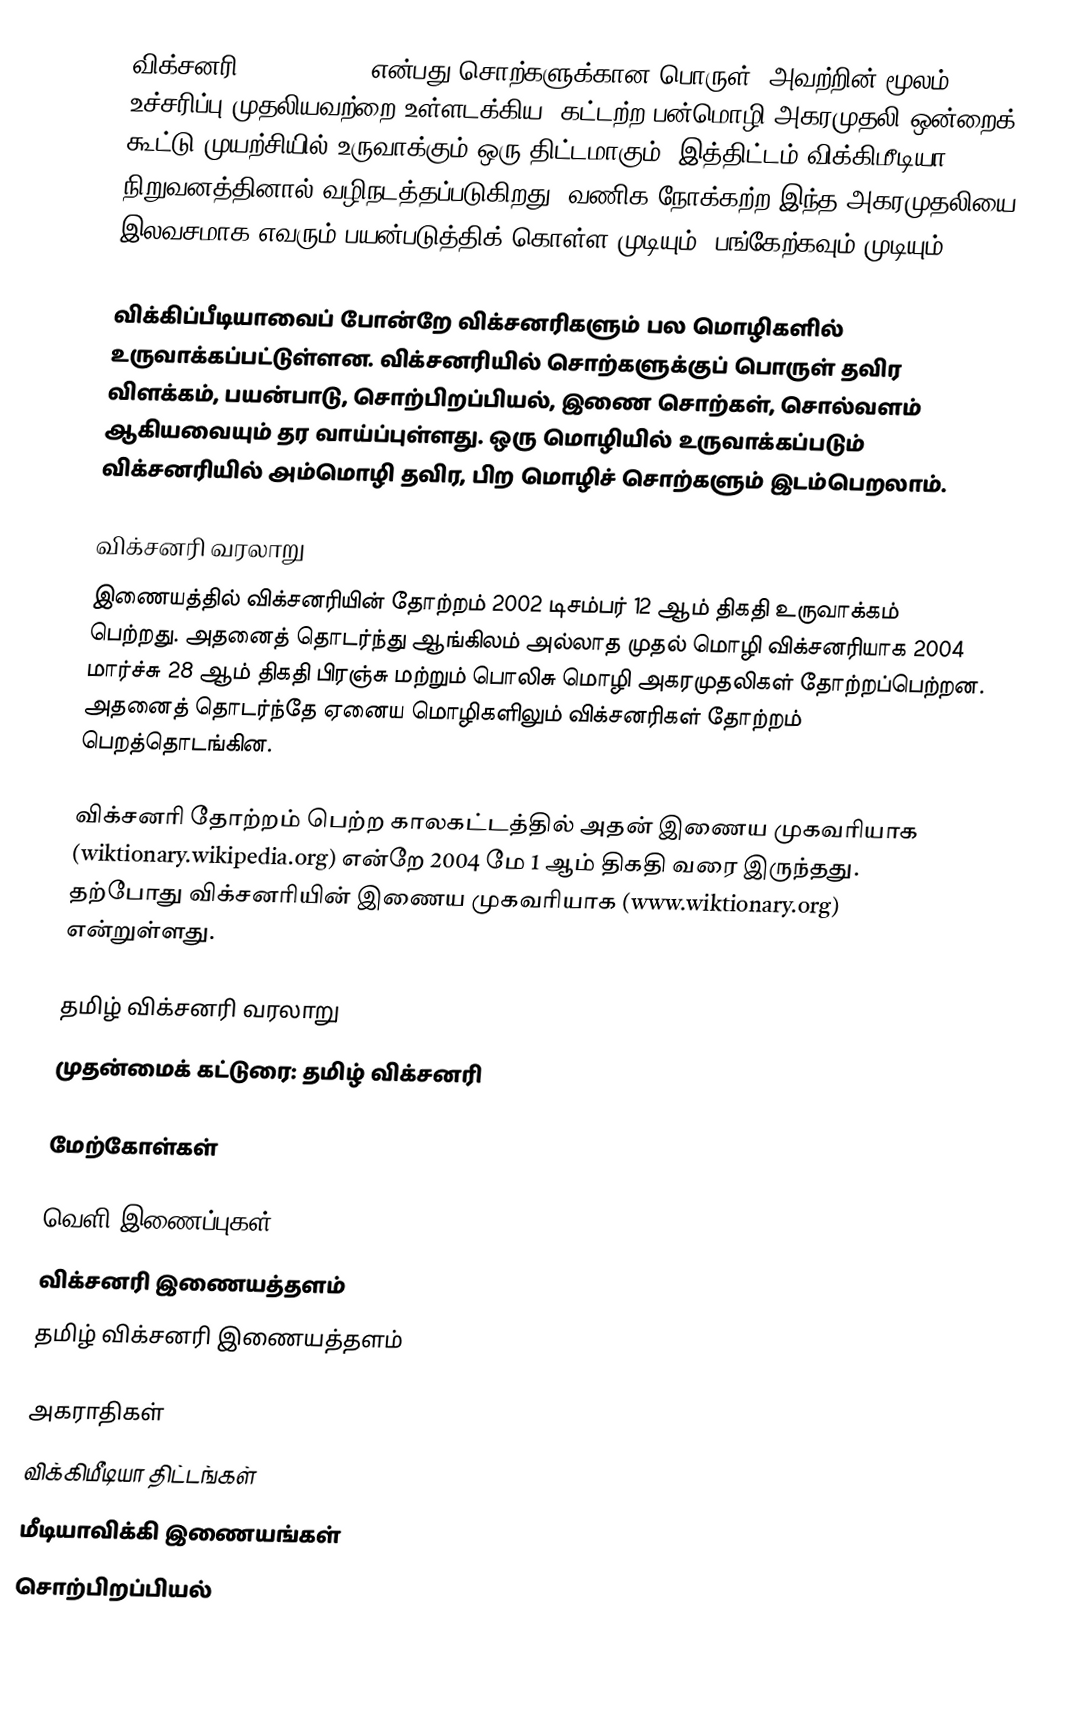
விக்சனரி (Wiktionary) என்பது சொற்களுக்கான பொருள், அவற்றின் மூலம், உச்சரிப்பு முதலியவற்றை உள்ளடக்கிய, கட்டற்ற பன்மொழி அகரமுதலி ஒன்றைக் கூட்டு முயற்சியில் உருவாக்கும் ஒரு திட்டமாகும். இத்திட்டம் விக்கிமீடியா நிறுவனத்தினால் வழிநடத்தப்படுகிறது. வணிக நோக்கற்ற இந்த அகரமுதலியை இலவசமாக எவரும் பயன்படுத்திக் கொள்ள முடியும்; பங்கேற்கவும் முடியும்.

விக்கிப்பீடியாவைப் போன்றே விக்சனரிகளும் பல மொழிகளில் உருவாக்கப்பட்டுள்ளன. விக்சனரியில் சொற்களுக்குப் பொருள் தவிர விளக்கம், பயன்பாடு, சொற்பிறப்பியல், இணை சொற்கள், சொல்வளம் ஆகியவையும் தர வாய்ப்புள்ளது. ஒரு மொழியில் உருவாக்கப்படும் விக்சனரியில் அம்மொழி தவிர, பிற மொழிச் சொற்களும் இடம்பெறலாம்.

விக்சனரி வரலாறு
இணையத்தில் விக்சனரியின் தோற்றம் 2002 டிசம்பர் 12 ஆம் திகதி உருவாக்கம் பெற்றது. அதனைத் தொடர்ந்து ஆங்கிலம் அல்லாத முதல் மொழி விக்சனரியாக 2004 மார்ச்சு 28 ஆம் திகதி பிரஞ்சு மற்றும் பொலிசு மொழி அகரமுதலிகள் தோற்றப்பெற்றன. அதனைத் தொடர்ந்தே ஏனைய மொழிகளிலும் விக்சனரிகள் தோற்றம் பெறத்தொடங்கின.

விக்சனரி தோற்றம் பெற்ற காலகட்டத்தில் அதன் இணைய முகவரியாக (wiktionary.wikipedia.org) என்றே 2004 மே 1 ஆம் திகதி வரை இருந்தது. தற்போது விக்சனரியின் இணைய முகவரியாக (www.wiktionary.org)  என்றுள்ளது.

தமிழ் விக்சனரி வரலாறு
முதன்மைக் கட்டுரை: தமிழ் விக்சனரி

மேற்கோள்கள்

வெளி இணைப்புகள்
 விக்சனரி இணையத்தளம்
 தமிழ் விக்சனரி இணையத்தளம்

அகராதிகள்
விக்கிமீடியா திட்டங்கள்
மீடியாவிக்கி இணையங்கள்
சொற்பிறப்பியல்